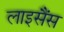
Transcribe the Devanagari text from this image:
लाइसैंस